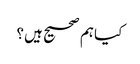
کیا ہم صحیح ہیں؟